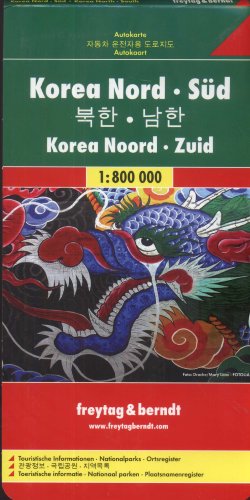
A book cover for Korea, North/South (Multi-country Mapping); Freytag-Berndt und Artaria; Travel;